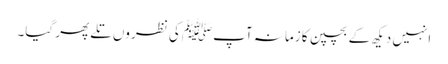
انہیں دیکھ کے بچپن کا زمانہ آپﷺ کی نظروں تلے پھر گیا۔